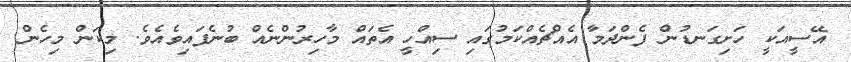
އޭސީއަކީ ހަށިގަނޑުން ފެންދަމާ އެއްޗެއްކަމުގައި ސިއްހީ އެތައް މާހިރުންނެއް ބުނެފައިވެއެވެ. މިކަން މިހެން